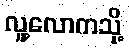
လူ့လောကသို့